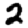
Digit: 2